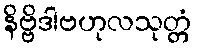
နိဗ္ဗိဒါဗဟုလသုတ္တံ